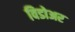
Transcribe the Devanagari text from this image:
विडोअर